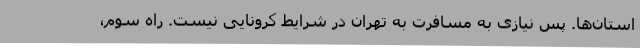
استان‌ها. پس نیازی به مسافرت به تهران در شرایط کرونایی نیست. راه سوم،